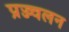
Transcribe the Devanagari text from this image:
प्रज्ज्वलन